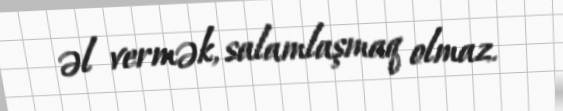
əl vermək, salamlaşmaq olmaz.